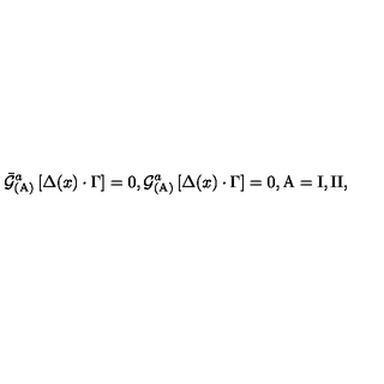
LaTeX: { \bar { { \cal G } } } _ { \mathrm { ( A ) } } ^ { a } \left[ \Delta ( x ) \cdot \Gamma \right] = 0 , { \cal G } _ { \mathrm { ( A ) } } ^ { a } \left[ \Delta ( x ) \cdot \Gamma \right] = 0 , \mathrm { A } = \mathrm { I } , \mathrm { I I } ,